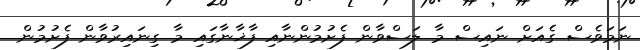
ނަމަވެސް ގެއަށް ނައިސް މާ ލަސްވާން ފެށުމުންނާއި ފާޚާނާގައި މާ ގިނައިރުވާން ފެށުމުން